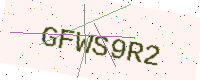
Text: GFWS9R2